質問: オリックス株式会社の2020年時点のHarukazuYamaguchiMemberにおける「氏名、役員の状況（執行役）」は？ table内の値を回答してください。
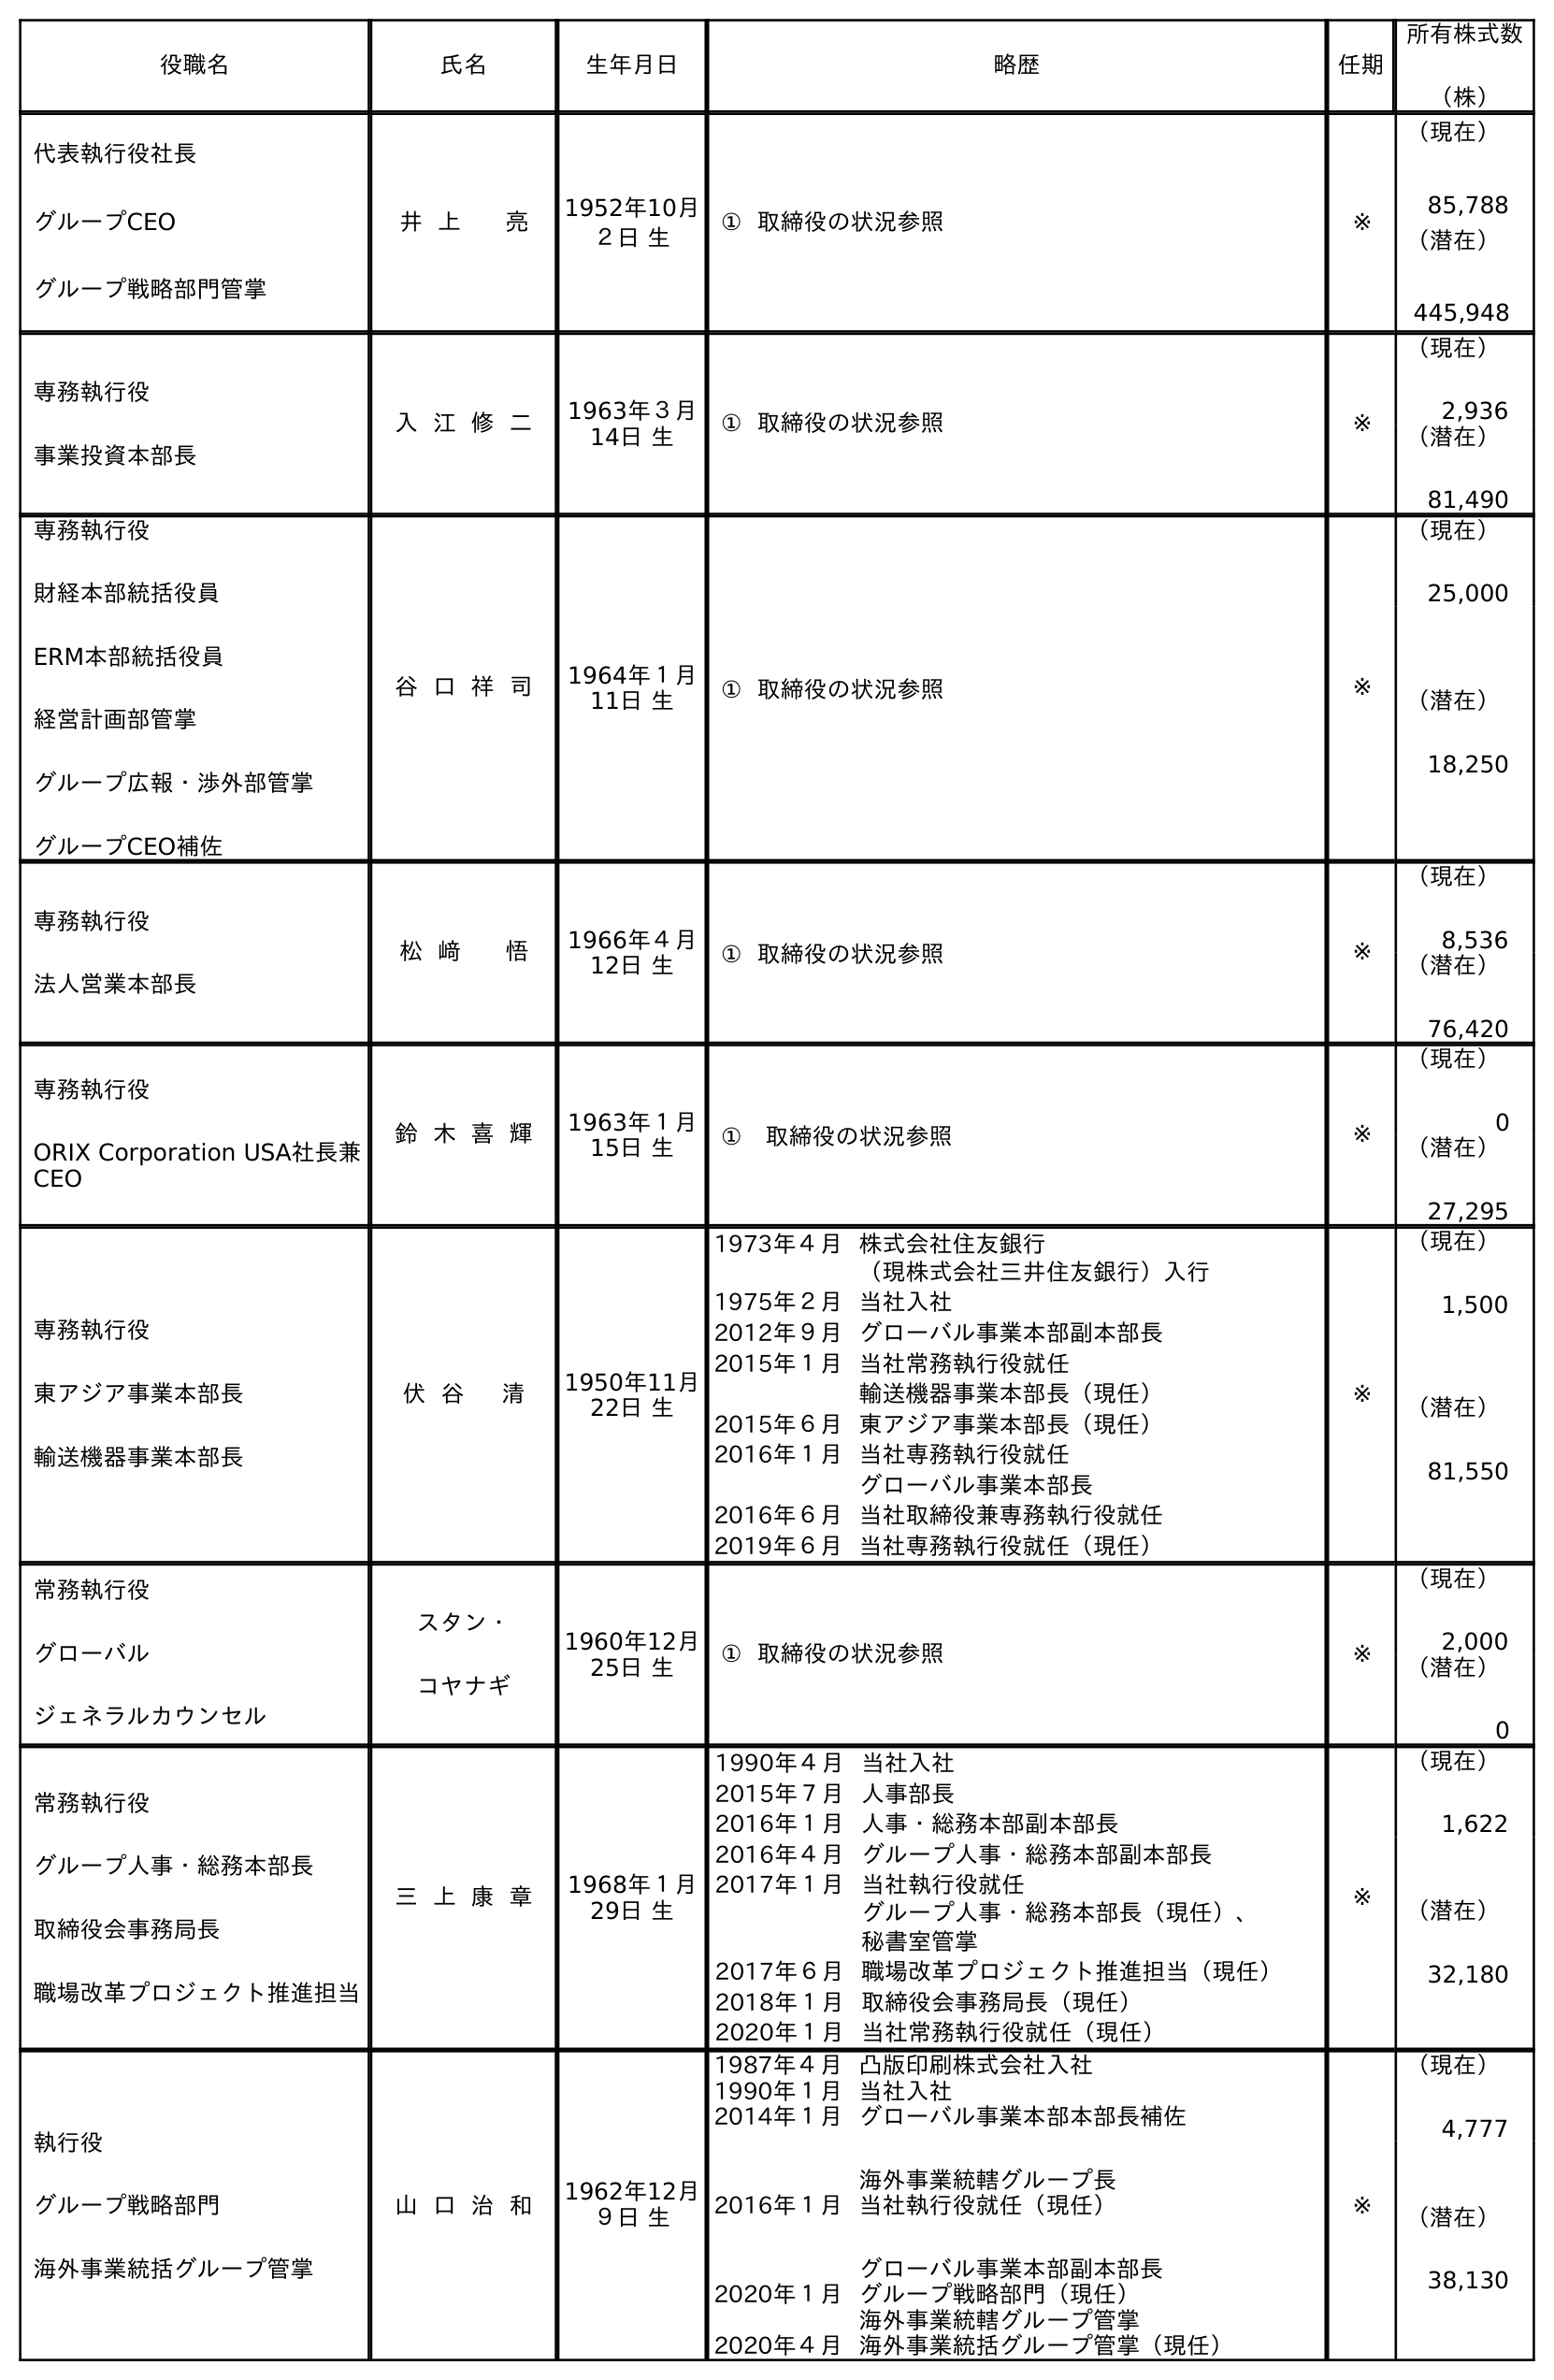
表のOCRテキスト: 役職名 氏名 生年月日 略歴 任期 所有株式数 （株） 代表執行役社長 グループCEO グループ戦略部門管掌 井 上 亮 1952年10月 ２日 生 ① 取締役の状況参照 ※ （現在） 85,788 （潜在） 445,948 専務執行役 事業投資本部長 入 江 修 二 1963年３月 14日 生 ① 取締役の状況参照 ※ （現在） 2,936 （潜在） 81,490 専務執行役 財経本部統括役員 ERM本部統括役員 経営計画部管掌 グループ広報・渉外部管掌 グループCEO補佐 谷 口 祥 司 1964年１月 11日 生 ① 取締役の状況参照 ※ （現在） 25,000 （潜在） 18,250 専務執行役 法人営業本部長 松 﨑 悟 1966年４月 12日 生 ① 取締役の状況参照 ※ （現在） 8,536 （潜在） 76,420 専務執行役 ORIX Corporation USA社長兼 CEO 鈴 木 喜 輝 1963年１月 15日 生 ① 取締役の状況参照 ※ （現在） 0 （潜在） 27,295 専務執行役 東アジア事業本部長 輸送機器事業本部長 伏 谷 清 1950年11月 22日 生 1973年４月株式会社住友銀行 （現株式会社三井住友銀行）入行 1975年２月当社入社 2012年９月グローバル事業本部副本部長 2015年１月当社常務執行役就任 輸送機器事業本部長（現任） 2015年６月東アジア事業本部長（現任） 2016年１月当社専務執行役就任 グローバル事業本部長 2016年６月当社取締役兼専務執行役就任 2019年６月当社専務執行役就任（現任） ※ （現在） 1,500 （潜在） 81,550 常務執行役 グローバル ジェネラルカウンセル スタン・ コヤナギ 1960年12月 25日 生 ① 取締役の状況参照 ※ （現在） 2,000 （潜在） 0 常務執行役 グループ人事・総務本部長 取締役会事務局長 職場改革プロジェクト推進担当 三 上 康 章 1968年１月 29日 生 1990年４月当社入社 2015年７月人事部長 2016年１月人事・総務本部副本部長 2016年４月グループ人事・総務本部副本部長 2017年１月当社執行役就任 グループ人事・総務本部長（現任）、 秘書室管掌 2017年６月職場改革プロジェクト推進担当（現任） 2018年１月取締役会事務局長（現任） 2020年１月当社常務執行役就任（現任） ※ （現在） 1,622 （潜在） 32,180 執行役 グループ戦略部門 海外事業統括グループ管掌 山 口 治 和 1962年12月 ９日 生 1987年４月凸版印刷株式会社入社 1990年１月当社入社 2014年１月グローバル事業本部本部長補佐 海外事業統轄グループ長 2016年１月当社執行役就任（現任） グローバル事業本部副本部長 2020年１月グループ戦略部門（現任） 海外事業統轄グループ管掌 2020年４月海外事業統括グループ管掌（現任） ※ （現在） 4,777 （潜在） 38,130
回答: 山口治和